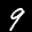
Label: 9